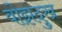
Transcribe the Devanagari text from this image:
वोझदुख